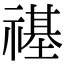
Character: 禥